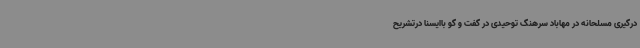
درگیری مسلحانه در مهاباد سرهنگ توحیدی در گفت و گو باایسنا درتشریح